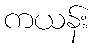
ကယန်း